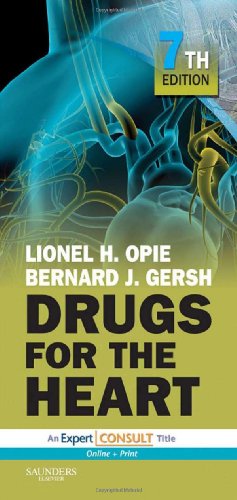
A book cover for Drugs for the Heart: Expert Consult - Online and Print, 7e; Lionel H. Opie MD  DPhiL  DSc  FRCP; Medical Books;